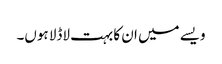
ویسے میں ان کا بہت لاڈلا ہوں۔